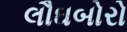
લૌઘબોરો